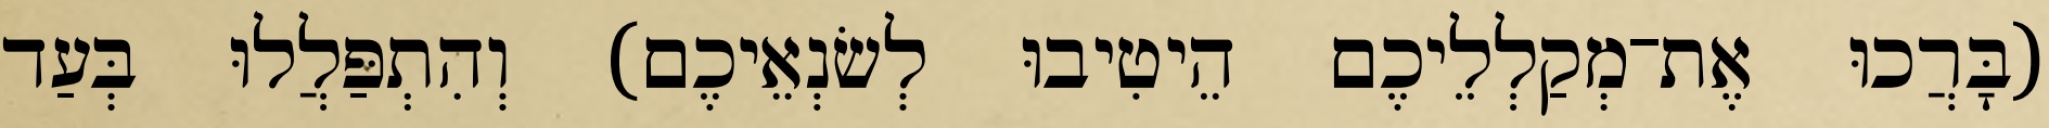
(בָּרֲכוּ אֶת־מְקַלְלֵיכֶם הֵיטִיבוּ לְשׂנְאֵיכֶם) וְהִתְפַּלֲלוּ בְּעַד